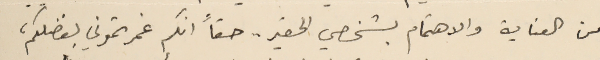
من العناية والاهتمام بشخصي الحقير . حقاً انكم غمرتموني بفضلكم،